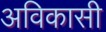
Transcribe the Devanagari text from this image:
अविकासी